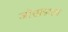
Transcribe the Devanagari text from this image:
जोखडाला